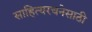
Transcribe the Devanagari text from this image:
साहित्यरचनेसाठी